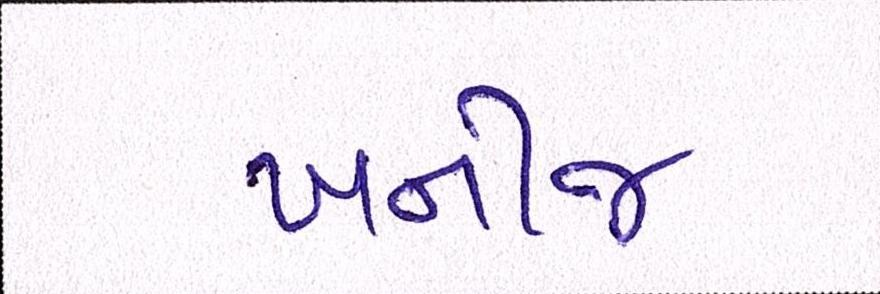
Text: ખનીજ